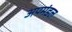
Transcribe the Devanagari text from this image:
अपमंडल